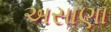
અસાણા